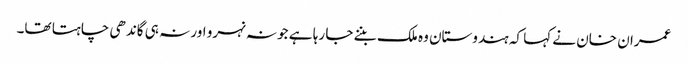
عمران خان نے کہا کہ ہندوستان وہ ملک بننے جا رہا ہے جو نہ نہرو اور نہ ہی گاندھی چاہتا تھا۔